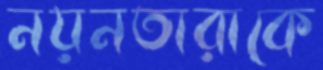
নয়নতারাকে